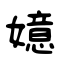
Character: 嬑